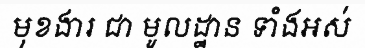
មុខងារ ជា មូលដ្ឋាន ទាំងអស់